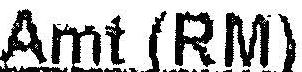
AMT (RM)